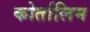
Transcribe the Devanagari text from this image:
कोर्तालिम